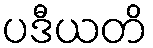
ပဒီယတိ